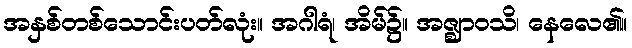
အနှစ်တစ်သောင်းပတ်လုံး။ အဂါရံ၊ အိမ်၌။ အဇ္ဈာဝသိ၊ နေလေ၏။